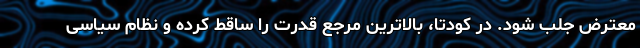
معترض جلب شود. در کودتا، بالاترین مرجع قدرت را ساقط کرده و نظام سیاسی